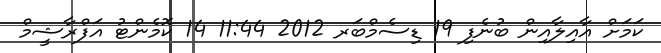
ކަމަށް އާއިލާއިން ބުނެފި 19 ޑިސެމްބަރ 2012 11:44 14 ކޮމެންޓު އަފްރާޝީމް